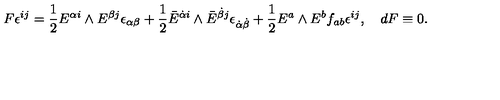
F \epsilon ^ { i j } = { \frac { 1 } { 2 } } E ^ { { \alpha } i } \wedge E ^ { { \beta } j } \epsilon _ { { \alpha } { \beta } } + { \frac { 1 } { 2 } } \bar { E } ^ { \dot { \alpha } i } \wedge \bar { E } ^ { \dot { \beta } j } \epsilon _ { \dot { \alpha } \dot { \beta } } + { \frac { 1 } { 2 } } E ^ { a } \wedge E ^ { b } f _ { a b } \epsilon ^ { i j } , \quad d F \equiv 0 .